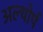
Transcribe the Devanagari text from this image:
अल्थोर्प